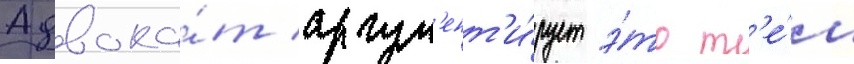
Адвока́т аргум'ент'и́рует э́то т'е́м